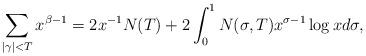
\begin{align*} \sum_{|\gamma| < T} x^{\beta -1} = 2 x^{-1} N(T) + 2 \int_0^{1} N(\sigma,T) x^{\sigma-1} \log x d \sigma,\end{align*}